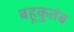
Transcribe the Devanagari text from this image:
बहूकुतंब